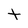
Character: t